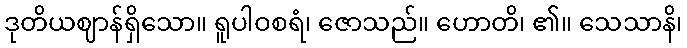
ဒုတိယဈာန်ရှိသော။ ရူပါဝစရံ၊ ဇောသည်။ ဟောတိ၊ ၏။ သေသာနိ၊